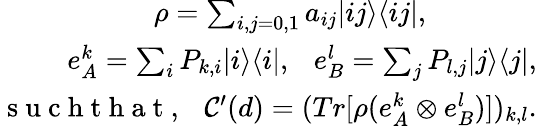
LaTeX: \begin{array}{r}{\rho=\sum_{i,j=0,1}a_{ij}|ij\rangle\langle ij|,~~~~~~~~~~~~~~~}\\ {e_{A}^{k}=\sum_{i}P_{k,i}|i\rangle\langle i|,~~~e_{B}^{l}=\sum_{j}P_{l,j}|j\rangle\langle j|,}\\ {\mathrm{~s~u~c~h~t~h~a~t~,~}~~\mathcal{C}^{\prime}(d)=(Tr[\rho(e_{A}^{k}\otimes e_{B}^{l})])_{k,l}.}\end{array}